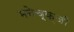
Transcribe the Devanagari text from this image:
मनेच्क्जी